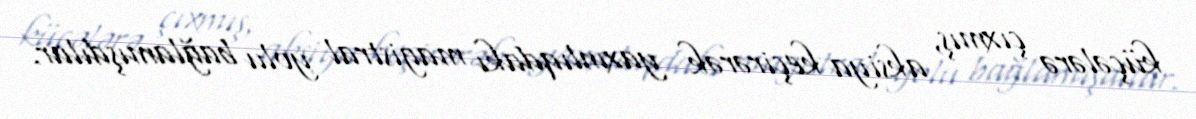
küçələrə çıxmış, aksiya keçirərək yaxınlıqdakı magistral yolu bağlamışdılar.